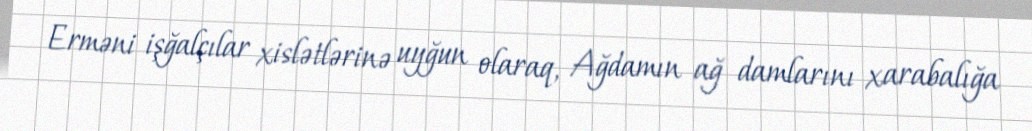
Erməni işğalçılar xislətlərinə uyğun olaraq, Ağdamın ağ damlarını xarabalığa